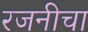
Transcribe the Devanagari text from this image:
रजनीचा